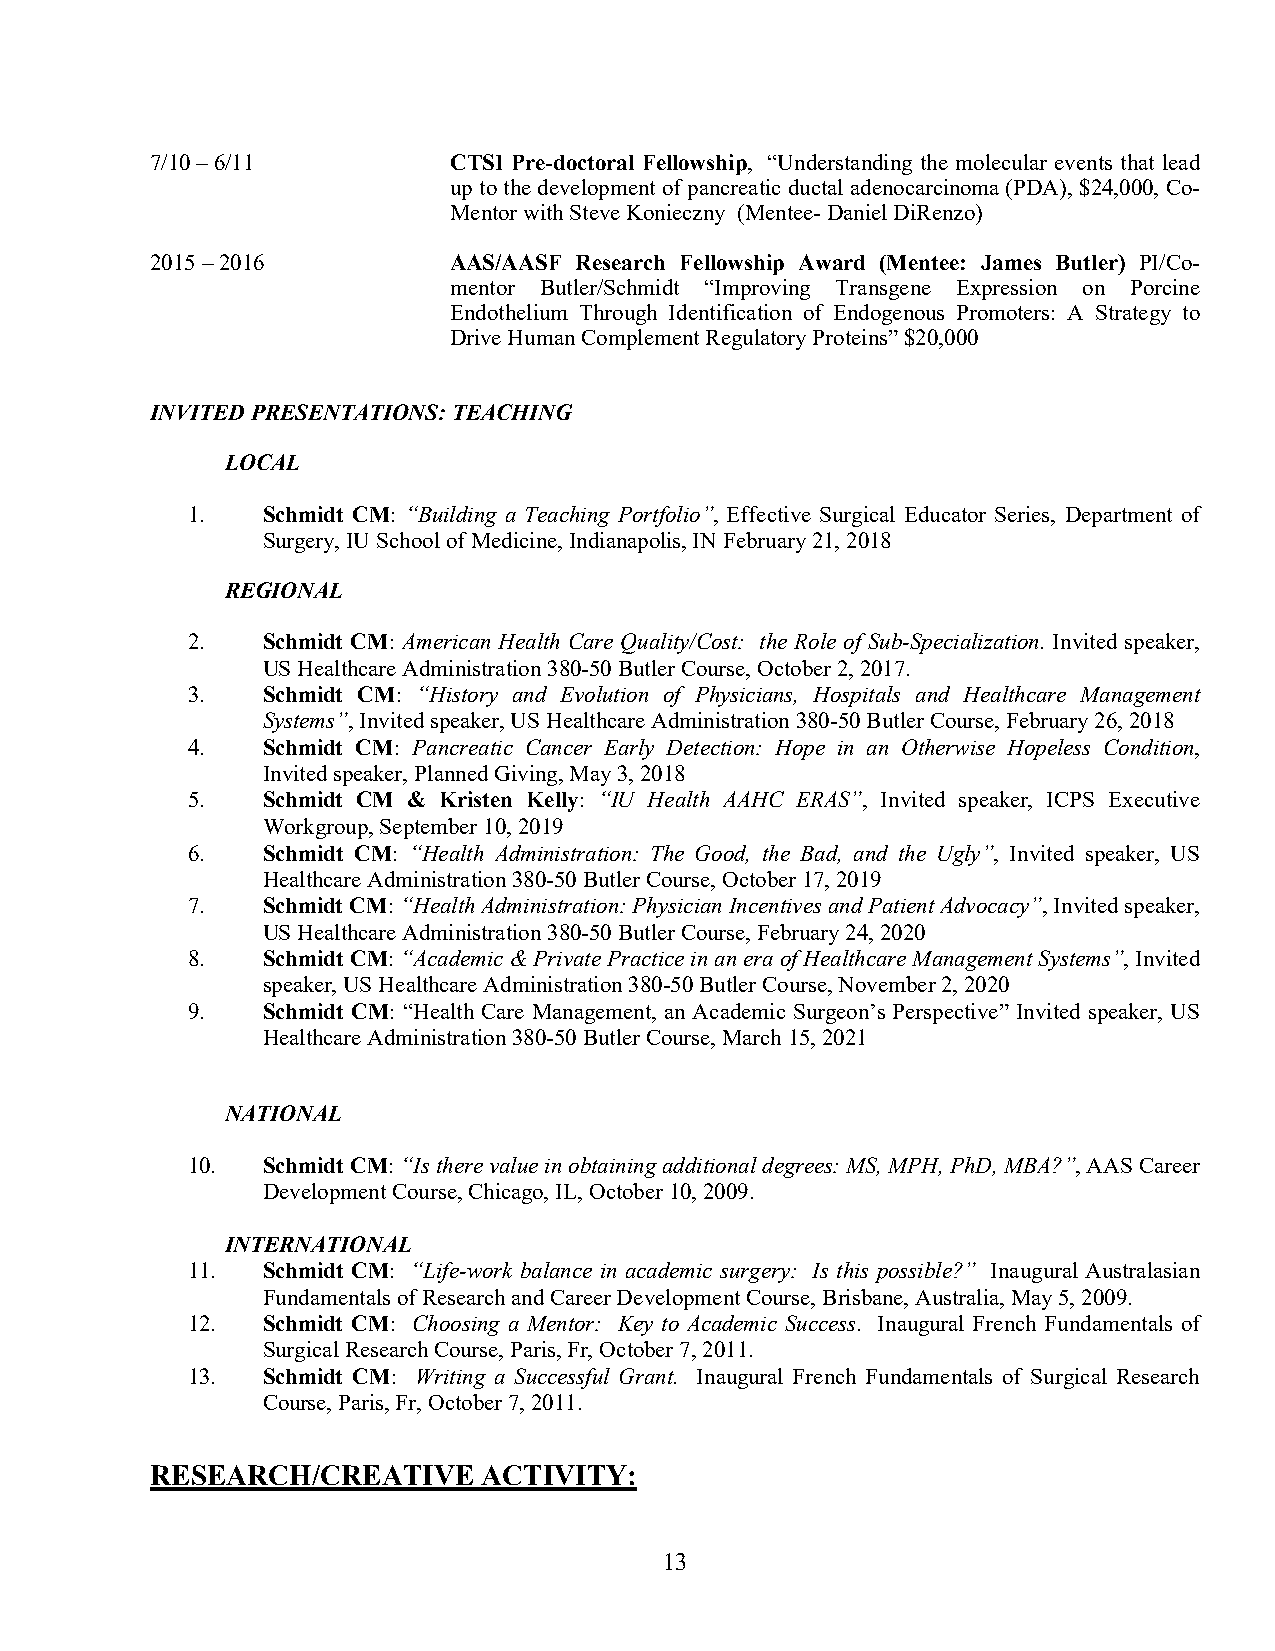
7/10 – 6/11         CTSI Pre-doctoral Fellowship, “Understanding the molecular events that lead
 up to the development of pancreatic ductal adenocarcinoma (PDA), $24,000, Co-
 Mentor with Steve Konieczny (Mentee- Daniel DiRenzo)
 2015 – 2016         AAS/AASF Research Fellowship Award (Mentee: James Butler) PI/Co-
 mentor Butler/Schmidt “Improving Transgene Expression on Porcine
 Endothelium Through Identification of Endogenous Promoters: A Strategy to
 Drive Human Complement Regulatory Proteins” $20,000
 INVITED PRESENTATIONS: TEACHING
 LOCAL
 1.   Schmidt CM: “Building a Teaching Portfolio”, Effective Surgical Educator Series, Department of
 Surgery, IU School of Medicine, Indianapolis, IN February 21, 2018
 REGIONAL
 2.   Schmidt CM: American Health Care Quality/Cost: the Role of Sub-Specialization. Invited speaker,
 US Healthcare Administration 380-50 Butler Course, October 2, 2017.
 3.   Schmidt CM: “History and Evolution of Physicians, Hospitals and Healthcare Management
 Systems”, Invited speaker, US Healthcare Administration 380-50 Butler Course, February 26, 2018
 4.   Schmidt CM: Pancreatic Cancer Early Detection: Hope in an Otherwise Hopeless Condition,
 Invited speaker, Planned Giving, May 3, 2018
 5.   Schmidt CM & Kristen Kelly: “IU Health AAHC ERAS”, Invited speaker, ICPS Executive
 Workgroup, September 10, 2019
 6.   Schmidt CM: “Health Administration: The Good, the Bad, and the Ugly”, Invited speaker, US
 Healthcare Administration 380-50 Butler Course, October 17, 2019
 7.   Schmidt CM: “Health Administration: Physician Incentives and Patient Advocacy”, Invited speaker,
 US Healthcare Administration 380-50 Butler Course, February 24, 2020
 8.   Schmidt CM: “Academic & Private Practice in an era of Healthcare Management Systems”, Invited
 speaker, US Healthcare Administration 380-50 Butler Course, November 2, 2020
 9.   Schmidt CM: “Health Care Management, an Academic Surgeon’s Perspective” Invited speaker, US
 Healthcare Administration 380-50 Butler Course, March 15, 2021
 NATIONAL
 10.  Schmidt CM: “Is there value in obtaining additional degrees: MS, MPH, PhD, MBA?”, AAS Career
 Development Course, Chicago, IL, October 10, 2009.
 INTERNATIONAL
 11.  Schmidt CM: “Life-work balance in academic surgery: Is this possible?” Inaugural Australasian
 Fundamentals of Research and Career Development Course, Brisbane, Australia, May 5, 2009.
 12.  Schmidt CM: Choosing a Mentor: Key to Academic Success. Inaugural French Fundamentals of
 Surgical Research Course, Paris, Fr, October 7, 2011.
 13.  Schmidt CM: Writing a Successful Grant. Inaugural French Fundamentals of Surgical Research
 Course, Paris, Fr, October 7, 2011.
 RESEARCH/CREATIVE     ACTIVITY:
 13